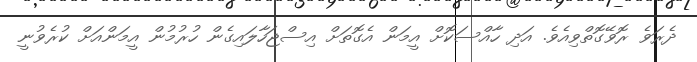
ދެރަވެ ރޮވޭގޮތްވިއެވެ. އަދި ހާއްސަކޮށް އީމަން އެގޮތަށް އިސްޖަހާލައިގެން ހުރުމުން އީމަންއަށް ކުރެވުނީ